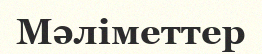
Мәліметтер